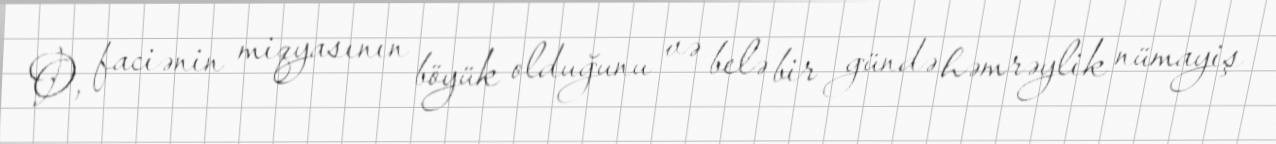
O, faciənin miqyasının böyük olduğunu və belə bir gündə həmrəylik nümayiş